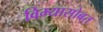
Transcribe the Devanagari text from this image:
विम्यासोबत